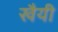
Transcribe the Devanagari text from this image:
खैयी